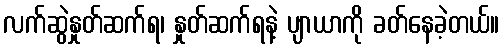
လက်ဆွဲနှုတ်ဆက်ရ၊ နှုတ်ဆက်ရနဲ့ ပျာယာကို ခတ်နေခဲ့တယ်။